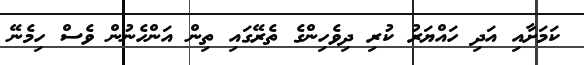
ކަަމަށާއި އަދި ހައްޔަރު ކުރި ދިވެހިންގެ ތެރޭގައި ތިން އަންހެނުން ވެސް ހިމެނޭ